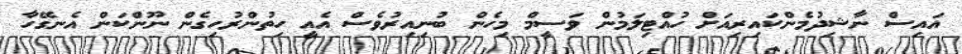
އައިސް ނާޝިދުމެންކައިރިއަށް ހުއްޓިލަމުން ވަސީމް މިހެން ބުނިއިރުވެސް އެއީ ހިތުންރުހިގެން ނޫންކަން އެނގޭހާ